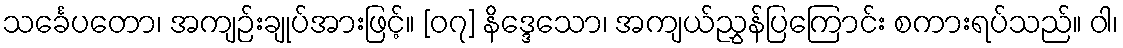
သင်္ခေပတော၊ အကျဉ်းချုပ်အားဖြင့်။ [၀၇] နိဒ္ဒေသော၊ အကျယ်ညွှန်ပြကြောင်း စကားရပ်သည်။ ဝါ၊